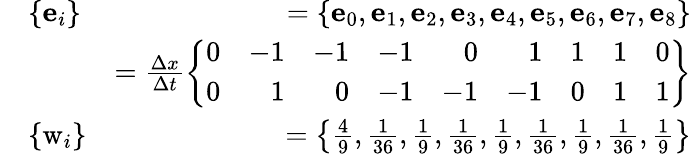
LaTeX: \begin{array}{rlr}&{\{ \mathbf{e}_{i}\} }&{={\left\{ \mathbf{e}_{0},\mathbf{e}_{1},\mathbf{e}_{2},\mathbf{e}_{3},\mathbf{e}_{4},\mathbf{e}_{5},\mathbf{e}_{6},\mathbf{e}_{7},\mathbf{e}_{8}\right\} }}\\ &{}&{=\frac{\Delta x}{\Delta t}\left\{ \begin{array}{rrrrrrrrr}{0}&{-1}&{-1}&{-1}&{0}&{1}&{1}&{1}&{0}\\ {0}&{1}&{0}&{-1}&{-1}&{-1}&{0}&{1}&{1}\end{array}\right\} }\\ &{\{ \mathrm{w}_{i}\} }&{={\left\{ \frac{4}{9},\frac{1}{36},\frac{1}{9},\frac{1}{36},\frac{1}{9},\frac{1}{36},\frac{1}{9},\frac{1}{36},\frac{1}{9}\right\} }}\end{array}